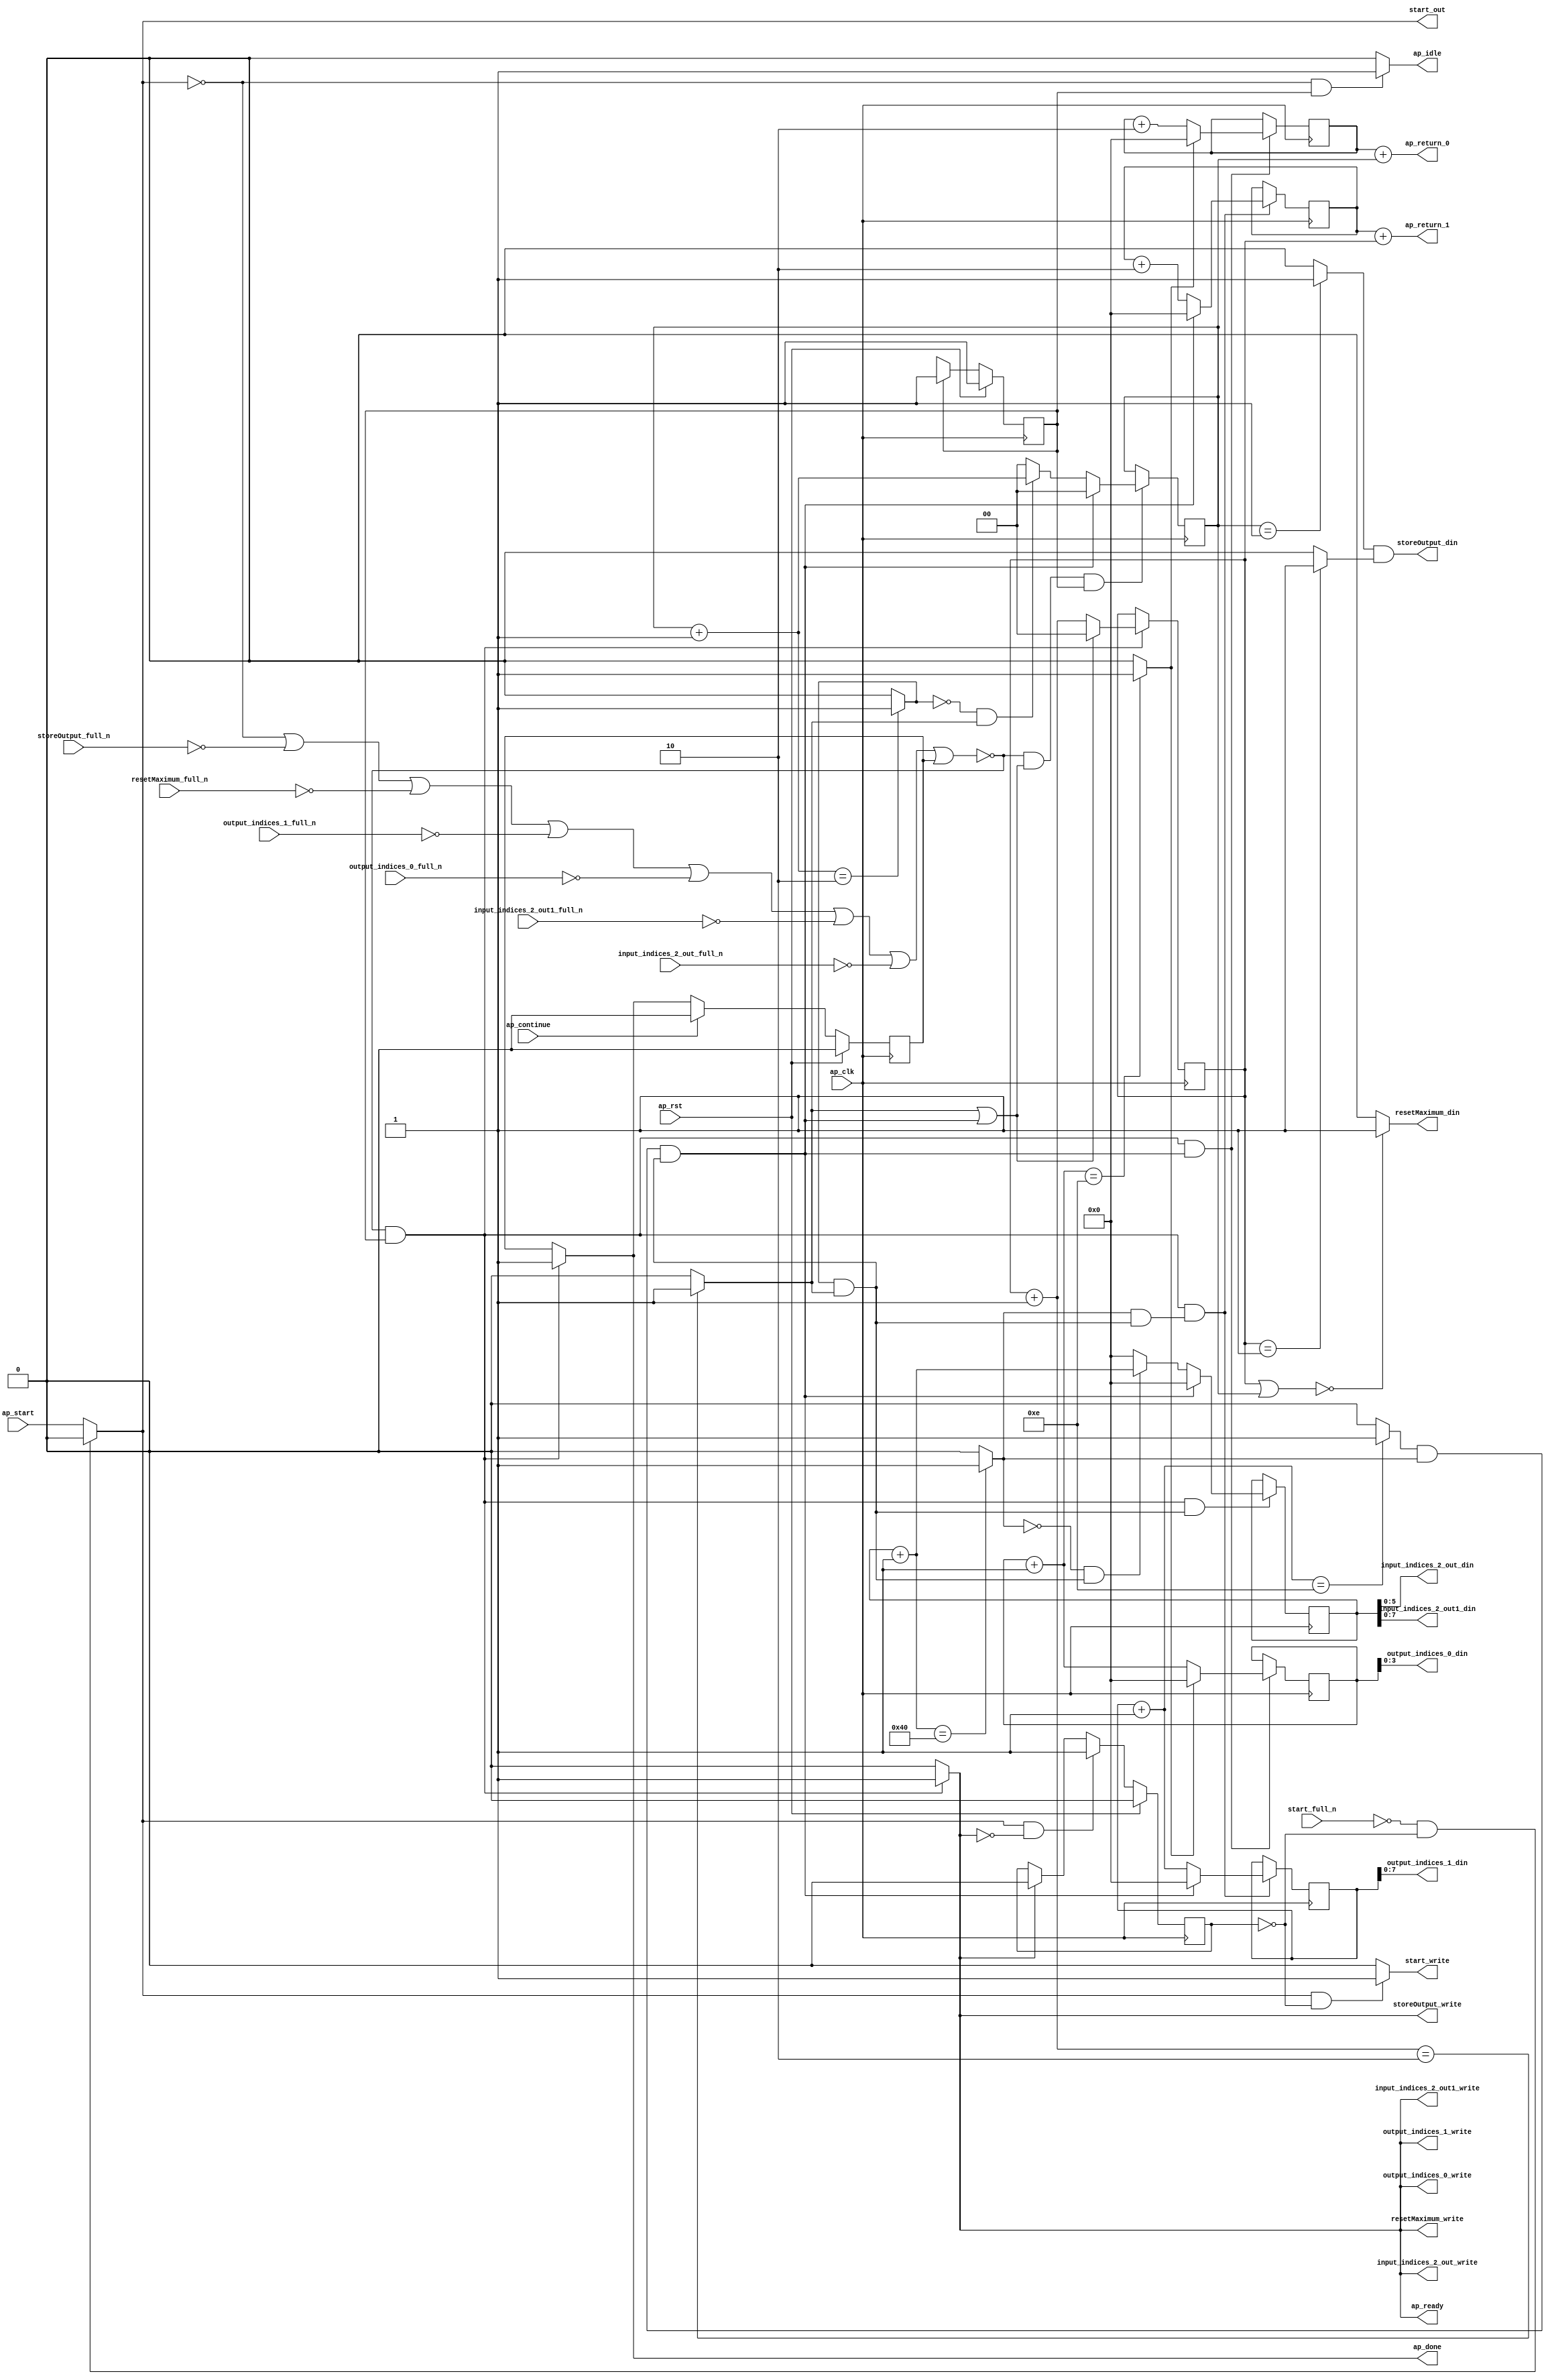
`define EXPONENT 5
`define MANTISSA 10
`define ACTUAL_MANTISSA 11
`define EXPONENT_LSB 10
`define EXPONENT_MSB 14
`define MANTISSA_LSB 0
`define MANTISSA_MSB 9
`define MANTISSA_MUL_SPLIT_LSB 3
`define MANTISSA_MUL_SPLIT_MSB 9
`define SIGN 1
`define SIGN_LOC 15
`define DWIDTH (`SIGN+`EXPONENT+`MANTISSA)
`define IEEE_COMPLIANCE 1

module td_fused_top_tdf8_get_next_ijk (
        ap_clk,
        ap_rst,
        ap_start,
        start_full_n,
        ap_done,
        ap_continue,
        ap_idle,
        ap_ready,
        start_out,
        start_write,
        input_indices_2_out_din,
        input_indices_2_out_full_n,
        input_indices_2_out_write,
        input_indices_2_out1_din,
        input_indices_2_out1_full_n,
        input_indices_2_out1_write,
        output_indices_0_din,
        output_indices_0_full_n,
        output_indices_0_write,
        output_indices_1_din,
        output_indices_1_full_n,
        output_indices_1_write,
        resetMaximum_din,
        resetMaximum_full_n,
        resetMaximum_write,
        storeOutput_din,
        storeOutput_full_n,
        storeOutput_write,
        ap_return_0,
        ap_return_1
);

parameter    ap_ST_fsm_state1 = 1'd1;

input   ap_clk;
input   ap_rst;
input   ap_start;
input   start_full_n;
output   ap_done;
input   ap_continue;
output   ap_idle;
output   ap_ready;
output   start_out;
output   start_write;
output  [5:0] input_indices_2_out_din;
input   input_indices_2_out_full_n;
output   input_indices_2_out_write;
output  [7:0] input_indices_2_out1_din;
input   input_indices_2_out1_full_n;
output   input_indices_2_out1_write;
output  [3:0] output_indices_0_din;
input   output_indices_0_full_n;
output   output_indices_0_write;
output  [7:0] output_indices_1_din;
input   output_indices_1_full_n;
output   output_indices_1_write;
output   resetMaximum_din;
input   resetMaximum_full_n;
output   resetMaximum_write;
output   storeOutput_din;
input   storeOutput_full_n;
output   storeOutput_write;
output  [15:0] ap_return_0;
output  [15:0] ap_return_1;

reg ap_done;
reg ap_idle;
reg start_write;
reg input_indices_2_out_write;
reg input_indices_2_out1_write;
reg output_indices_0_write;
reg output_indices_1_write;
reg resetMaximum_write;
reg storeOutput_write;

reg    real_start;
reg    start_once_reg;
reg    ap_done_reg;
  reg   [0:0] ap_CS_fsm;
wire    ap_CS_fsm_state1;
reg    internal_ap_ready;
reg   [1:0] i_p;
reg   [1:0] j_p;
reg   [15:0] i_8;
reg   [15:0] j_8;
reg   [15:0] k_8;
reg   [15:0] i_out;
reg   [15:0] j_out;
reg    input_indices_2_out_blk_n;
reg    input_indices_2_out1_blk_n;
reg    output_indices_0_blk_n;
reg    output_indices_1_blk_n;
reg    resetMaximum_blk_n;
reg    storeOutput_blk_n;
wire   [1:0] select_ln142_fu_342_p3;
reg    ap_block_state1;
wire   [0:0] or_ln142_fu_316_p2;
wire   [1:0] select_ln142_1_fu_350_p3;
wire   [15:0] select_ln147_fu_282_p3;
wire   [0:0] and_ln142_1_fu_310_p2;
wire   [15:0] select_ln142_2_fu_364_p3;
wire   [0:0] and_ln132_fu_358_p2;
wire   [15:0] select_ln142_3_fu_392_p3;
wire   [0:0] and_ln135_fu_298_p2;
wire   [15:0] select_ln147_1_fu_290_p3;
wire   [15:0] select_ln142_4_fu_400_p3;
wire   [1:0] or_ln124_fu_126_p2;
wire   [0:0] icmp_ln125_fu_139_p2;
wire   [0:0] icmp_ln125_1_fu_145_p2;
wire   [15:0] zext_ln126_fu_114_p1;
wire   [15:0] zext_ln127_fu_122_p1;
wire   [1:0] add_ln131_fu_210_p2;
wire   [1:0] add_ln134_fu_222_p2;
wire   [15:0] add_ln137_fu_234_p2;
wire   [15:0] add_ln141_fu_252_p2;
wire   [15:0] add_ln146_fu_270_p2;
wire   [0:0] icmp_ln147_fu_276_p2;
wire   [15:0] add_ln145_fu_264_p2;
wire   [0:0] icmp_ln132_fu_216_p2;
wire   [0:0] icmp_ln135_fu_228_p2;
wire   [0:0] icmp_ln138_fu_240_p2;
wire   [0:0] icmp_ln142_fu_258_p2;
wire   [0:0] and_ln142_fu_304_p2;
wire   [0:0] xor_ln135_fu_322_p2;
wire   [0:0] and_ln135_1_fu_328_p2;
wire   [1:0] select_ln135_fu_334_p3;
wire   [15:0] add_ln140_fu_246_p2;
wire   [0:0] xor_ln138_fu_372_p2;
wire   [0:0] and_ln138_fu_378_p2;
wire   [15:0] select_ln138_fu_384_p3;
wire   [15:0] add_ln126_fu_162_p2;
wire   [15:0] add_ln127_fu_172_p2;
reg   [0:0] ap_NS_fsm;
wire    ap_ce_reg;

// power-on initialization
initial begin
#0 start_once_reg = 1'b0;
#0 ap_done_reg = 1'b0;
#0 ap_CS_fsm = 1'd1;
#0 i_p = 2'd0;
#0 j_p = 2'd0;
#0 i_8 = 16'd0;
#0 j_8 = 16'd0;
#0 k_8 = 16'd0;
#0 i_out = 16'd0;
#0 j_out = 16'd0;
end

always @ (posedge ap_clk) begin
    if (ap_rst == 1'b1) begin
        ap_CS_fsm <= ap_ST_fsm_state1;
    end else begin
        ap_CS_fsm <= ap_NS_fsm;
    end
end

always @ (posedge ap_clk) begin
    if (ap_rst == 1'b1) begin
        ap_done_reg <= 1'b0;
    end else begin
        if ((ap_continue == 1'b1)) begin
            ap_done_reg <= 1'b0;
        end else if ((~((real_start == 1'b0) | (storeOutput_full_n == 1'b0) | (resetMaximum_full_n == 1'b0) | (output_indices_1_full_n == 1'b0) | (output_indices_0_full_n == 1'b0) | (input_indices_2_out1_full_n == 1'b0) | (input_indices_2_out_full_n == 1'b0) | (ap_done_reg == 1'b1)) & (1'b1 == ap_CS_fsm_state1))) begin
            ap_done_reg <= 1'b1;
        end
    end
end

always @ (posedge ap_clk) begin
    if (ap_rst == 1'b1) begin
        start_once_reg <= 1'b0;
    end else begin
        if (((real_start == 1'b1) & (internal_ap_ready == 1'b0))) begin
            start_once_reg <= 1'b1;
        end else if ((internal_ap_ready == 1'b1)) begin
            start_once_reg <= 1'b0;
        end
    end
end

always @ (posedge ap_clk) begin
    if ((~((real_start == 1'b0) | (storeOutput_full_n == 1'b0) | (resetMaximum_full_n == 1'b0) | (output_indices_1_full_n == 1'b0) | (output_indices_0_full_n == 1'b0) | (input_indices_2_out1_full_n == 1'b0) | (input_indices_2_out_full_n == 1'b0) | (ap_done_reg == 1'b1)) & (1'b1 == ap_CS_fsm_state1) & (1'd1 == and_ln142_1_fu_310_p2))) begin
        i_8 <= select_ln147_fu_282_p3;
        i_out <= select_ln147_1_fu_290_p3;
    end
end

always @ (posedge ap_clk) begin
    if ((~((real_start == 1'b0) | (storeOutput_full_n == 1'b0) | (resetMaximum_full_n == 1'b0) | (output_indices_1_full_n == 1'b0) | (output_indices_0_full_n == 1'b0) | (input_indices_2_out1_full_n == 1'b0) | (input_indices_2_out_full_n == 1'b0) | (ap_done_reg == 1'b1)) & (or_ln142_fu_316_p2 == 1'd1) & (1'b1 == ap_CS_fsm_state1))) begin
        i_p <= select_ln142_fu_342_p3;
    end
end

always @ (posedge ap_clk) begin
    if ((~((real_start == 1'b0) | (storeOutput_full_n == 1'b0) | (resetMaximum_full_n == 1'b0) | (output_indices_1_full_n == 1'b0) | (output_indices_0_full_n == 1'b0) | (input_indices_2_out1_full_n == 1'b0) | (input_indices_2_out_full_n == 1'b0) | (ap_done_reg == 1'b1)) & (1'b1 == ap_CS_fsm_state1) & (1'd1 == and_ln132_fu_358_p2))) begin
        j_8 <= select_ln142_2_fu_364_p3;
        j_out <= select_ln142_4_fu_400_p3;
    end
end

always @ (posedge ap_clk) begin
    if ((~((real_start == 1'b0) | (storeOutput_full_n == 1'b0) | (resetMaximum_full_n == 1'b0) | (output_indices_1_full_n == 1'b0) | (output_indices_0_full_n == 1'b0) | (input_indices_2_out1_full_n == 1'b0) | (input_indices_2_out_full_n == 1'b0) | (ap_done_reg == 1'b1)) & (1'b1 == ap_CS_fsm_state1))) begin
        j_p <= select_ln142_1_fu_350_p3;
    end
end

always @ (posedge ap_clk) begin
    if ((~((real_start == 1'b0) | (storeOutput_full_n == 1'b0) | (resetMaximum_full_n == 1'b0) | (output_indices_1_full_n == 1'b0) | (output_indices_0_full_n == 1'b0) | (input_indices_2_out1_full_n == 1'b0) | (input_indices_2_out_full_n == 1'b0) | (ap_done_reg == 1'b1)) & (1'b1 == ap_CS_fsm_state1) & (1'd1 == and_ln135_fu_298_p2))) begin
        k_8 <= select_ln142_3_fu_392_p3;
    end
end

always @ (*) begin
    if ((~((real_start == 1'b0) | (storeOutput_full_n == 1'b0) | (resetMaximum_full_n == 1'b0) | (output_indices_1_full_n == 1'b0) | (output_indices_0_full_n == 1'b0) | (input_indices_2_out1_full_n == 1'b0) | (input_indices_2_out_full_n == 1'b0) | (ap_done_reg == 1'b1)) & (1'b1 == ap_CS_fsm_state1))) begin
        ap_done = 1'b1;
    end else begin
        ap_done = ap_done_reg;
    end
end

always @ (*) begin
    if (((real_start == 1'b0) & (1'b1 == ap_CS_fsm_state1))) begin
        ap_idle = 1'b1;
    end else begin
        ap_idle = 1'b0;
    end
end

always @ (*) begin
    if ((~((real_start == 1'b0) | (ap_done_reg == 1'b1)) & (1'b1 == ap_CS_fsm_state1))) begin
        input_indices_2_out1_blk_n = input_indices_2_out1_full_n;
    end else begin
        input_indices_2_out1_blk_n = 1'b1;
    end
end

always @ (*) begin
    if ((~((real_start == 1'b0) | (storeOutput_full_n == 1'b0) | (resetMaximum_full_n == 1'b0) | (output_indices_1_full_n == 1'b0) | (output_indices_0_full_n == 1'b0) | (input_indices_2_out1_full_n == 1'b0) | (input_indices_2_out_full_n == 1'b0) | (ap_done_reg == 1'b1)) & (1'b1 == ap_CS_fsm_state1))) begin
        input_indices_2_out1_write = 1'b1;
    end else begin
        input_indices_2_out1_write = 1'b0;
    end
end

always @ (*) begin
    if ((~((real_start == 1'b0) | (ap_done_reg == 1'b1)) & (1'b1 == ap_CS_fsm_state1))) begin
        input_indices_2_out_blk_n = input_indices_2_out_full_n;
    end else begin
        input_indices_2_out_blk_n = 1'b1;
    end
end

always @ (*) begin
    if ((~((real_start == 1'b0) | (storeOutput_full_n == 1'b0) | (resetMaximum_full_n == 1'b0) | (output_indices_1_full_n == 1'b0) | (output_indices_0_full_n == 1'b0) | (input_indices_2_out1_full_n == 1'b0) | (input_indices_2_out_full_n == 1'b0) | (ap_done_reg == 1'b1)) & (1'b1 == ap_CS_fsm_state1))) begin
        input_indices_2_out_write = 1'b1;
    end else begin
        input_indices_2_out_write = 1'b0;
    end
end

always @ (*) begin
    if ((~((real_start == 1'b0) | (storeOutput_full_n == 1'b0) | (resetMaximum_full_n == 1'b0) | (output_indices_1_full_n == 1'b0) | (output_indices_0_full_n == 1'b0) | (input_indices_2_out1_full_n == 1'b0) | (input_indices_2_out_full_n == 1'b0) | (ap_done_reg == 1'b1)) & (1'b1 == ap_CS_fsm_state1))) begin
        internal_ap_ready = 1'b1;
    end else begin
        internal_ap_ready = 1'b0;
    end
end

always @ (*) begin
    if ((~((real_start == 1'b0) | (ap_done_reg == 1'b1)) & (1'b1 == ap_CS_fsm_state1))) begin
        output_indices_0_blk_n = output_indices_0_full_n;
    end else begin
        output_indices_0_blk_n = 1'b1;
    end
end

always @ (*) begin
    if ((~((real_start == 1'b0) | (storeOutput_full_n == 1'b0) | (resetMaximum_full_n == 1'b0) | (output_indices_1_full_n == 1'b0) | (output_indices_0_full_n == 1'b0) | (input_indices_2_out1_full_n == 1'b0) | (input_indices_2_out_full_n == 1'b0) | (ap_done_reg == 1'b1)) & (1'b1 == ap_CS_fsm_state1))) begin
        output_indices_0_write = 1'b1;
    end else begin
        output_indices_0_write = 1'b0;
    end
end

always @ (*) begin
    if ((~((real_start == 1'b0) | (ap_done_reg == 1'b1)) & (1'b1 == ap_CS_fsm_state1))) begin
        output_indices_1_blk_n = output_indices_1_full_n;
    end else begin
        output_indices_1_blk_n = 1'b1;
    end
end

always @ (*) begin
    if ((~((real_start == 1'b0) | (storeOutput_full_n == 1'b0) | (resetMaximum_full_n == 1'b0) | (output_indices_1_full_n == 1'b0) | (output_indices_0_full_n == 1'b0) | (input_indices_2_out1_full_n == 1'b0) | (input_indices_2_out_full_n == 1'b0) | (ap_done_reg == 1'b1)) & (1'b1 == ap_CS_fsm_state1))) begin
        output_indices_1_write = 1'b1;
    end else begin
        output_indices_1_write = 1'b0;
    end
end

always @ (*) begin
    if (((start_full_n == 1'b0) & (start_once_reg == 1'b0))) begin
        real_start = 1'b0;
    end else begin
        real_start = ap_start;
    end
end

always @ (*) begin
    if ((~((real_start == 1'b0) | (ap_done_reg == 1'b1)) & (1'b1 == ap_CS_fsm_state1))) begin
        resetMaximum_blk_n = resetMaximum_full_n;
    end else begin
        resetMaximum_blk_n = 1'b1;
    end
end

always @ (*) begin
    if ((~((real_start == 1'b0) | (storeOutput_full_n == 1'b0) | (resetMaximum_full_n == 1'b0) | (output_indices_1_full_n == 1'b0) | (output_indices_0_full_n == 1'b0) | (input_indices_2_out1_full_n == 1'b0) | (input_indices_2_out_full_n == 1'b0) | (ap_done_reg == 1'b1)) & (1'b1 == ap_CS_fsm_state1))) begin
        resetMaximum_write = 1'b1;
    end else begin
        resetMaximum_write = 1'b0;
    end
end

always @ (*) begin
    if (((real_start == 1'b1) & (start_once_reg == 1'b0))) begin
        start_write = 1'b1;
    end else begin
        start_write = 1'b0;
    end
end

always @ (*) begin
    if ((~((real_start == 1'b0) | (ap_done_reg == 1'b1)) & (1'b1 == ap_CS_fsm_state1))) begin
        storeOutput_blk_n = storeOutput_full_n;
    end else begin
        storeOutput_blk_n = 1'b1;
    end
end

always @ (*) begin
    if ((~((real_start == 1'b0) | (storeOutput_full_n == 1'b0) | (resetMaximum_full_n == 1'b0) | (output_indices_1_full_n == 1'b0) | (output_indices_0_full_n == 1'b0) | (input_indices_2_out1_full_n == 1'b0) | (input_indices_2_out_full_n == 1'b0) | (ap_done_reg == 1'b1)) & (1'b1 == ap_CS_fsm_state1))) begin
        storeOutput_write = 1'b1;
    end else begin
        storeOutput_write = 1'b0;
    end
end

always @ (*) begin
    case (ap_CS_fsm)
        ap_ST_fsm_state1 : begin
            ap_NS_fsm = ap_ST_fsm_state1;
        end
        default : begin
            ap_NS_fsm = 'bx;
        end
    endcase
end

assign add_ln126_fu_162_p2 = (i_8 + zext_ln126_fu_114_p1);

assign add_ln127_fu_172_p2 = (j_8 + zext_ln127_fu_122_p1);

assign add_ln131_fu_210_p2 = (j_p + 2'd1);

assign add_ln134_fu_222_p2 = (i_p + 2'd1);

assign add_ln137_fu_234_p2 = (k_8 + 16'd1);

assign add_ln140_fu_246_p2 = (j_8 + 16'd2);

assign add_ln141_fu_252_p2 = (j_out + 16'd1);

assign add_ln145_fu_264_p2 = (i_8 + 16'd2);

assign add_ln146_fu_270_p2 = (i_out + 16'd1);

assign and_ln132_fu_358_p2 = (icmp_ln138_fu_240_p2 & and_ln135_fu_298_p2);

assign and_ln135_1_fu_328_p2 = (xor_ln135_fu_322_p2 & icmp_ln132_fu_216_p2);

assign and_ln135_fu_298_p2 = (icmp_ln135_fu_228_p2 & icmp_ln132_fu_216_p2);

assign and_ln138_fu_378_p2 = (xor_ln138_fu_372_p2 & and_ln135_fu_298_p2);

assign and_ln142_1_fu_310_p2 = (and_ln142_fu_304_p2 & and_ln135_fu_298_p2);

assign and_ln142_fu_304_p2 = (icmp_ln142_fu_258_p2 & icmp_ln138_fu_240_p2);

assign ap_CS_fsm_state1 = ap_CS_fsm[32'd0];

always @ (*) begin
    ap_block_state1 = ((real_start == 1'b0) | (storeOutput_full_n == 1'b0) | (resetMaximum_full_n == 1'b0) | (output_indices_1_full_n == 1'b0) | (output_indices_0_full_n == 1'b0) | (input_indices_2_out1_full_n == 1'b0) | (input_indices_2_out_full_n == 1'b0) | (ap_done_reg == 1'b1));
end

assign ap_ready = internal_ap_ready;

assign ap_return_0 = add_ln126_fu_162_p2;

assign ap_return_1 = add_ln127_fu_172_p2;

assign icmp_ln125_1_fu_145_p2 = ((j_p == 2'd1) ? 1'b1 : 1'b0);

assign icmp_ln125_fu_139_p2 = ((i_p == 2'd1) ? 1'b1 : 1'b0);

assign icmp_ln132_fu_216_p2 = ((add_ln131_fu_210_p2 == 2'd2) ? 1'b1 : 1'b0);

assign icmp_ln135_fu_228_p2 = ((add_ln134_fu_222_p2 == 2'd2) ? 1'b1 : 1'b0);

assign icmp_ln138_fu_240_p2 = ((add_ln137_fu_234_p2 == 16'd64) ? 1'b1 : 1'b0);

assign icmp_ln142_fu_258_p2 = ((add_ln141_fu_252_p2 == 16'd14) ? 1'b1 : 1'b0);

assign icmp_ln147_fu_276_p2 = ((add_ln146_fu_270_p2 == 16'd14) ? 1'b1 : 1'b0);

assign input_indices_2_out1_din = k_8[7:0];

assign input_indices_2_out_din = k_8[5:0];

assign or_ln124_fu_126_p2 = (j_p | i_p);

assign or_ln142_fu_316_p2 = (icmp_ln132_fu_216_p2 | and_ln142_1_fu_310_p2);

assign output_indices_0_din = i_out[3:0];

assign output_indices_1_din = j_out[7:0];

assign resetMaximum_din = ((or_ln124_fu_126_p2 == 2'd0) ? 1'b1 : 1'b0);

assign select_ln135_fu_334_p3 = ((and_ln135_1_fu_328_p2[0:0] == 1'b1) ? add_ln134_fu_222_p2 : 2'd0);

assign select_ln138_fu_384_p3 = ((and_ln138_fu_378_p2[0:0] == 1'b1) ? add_ln137_fu_234_p2 : 16'd0);

assign select_ln142_1_fu_350_p3 = ((or_ln142_fu_316_p2[0:0] == 1'b1) ? 2'd0 : add_ln131_fu_210_p2);

assign select_ln142_2_fu_364_p3 = ((and_ln142_1_fu_310_p2[0:0] == 1'b1) ? 16'd0 : add_ln140_fu_246_p2);

assign select_ln142_3_fu_392_p3 = ((and_ln142_1_fu_310_p2[0:0] == 1'b1) ? 16'd0 : select_ln138_fu_384_p3);

assign select_ln142_4_fu_400_p3 = ((and_ln142_1_fu_310_p2[0:0] == 1'b1) ? 16'd0 : add_ln141_fu_252_p2);

assign select_ln142_fu_342_p3 = ((and_ln142_1_fu_310_p2[0:0] == 1'b1) ? 2'd0 : select_ln135_fu_334_p3);

assign select_ln147_1_fu_290_p3 = ((icmp_ln147_fu_276_p2[0:0] == 1'b1) ? 16'd0 : add_ln146_fu_270_p2);

assign select_ln147_fu_282_p3 = ((icmp_ln147_fu_276_p2[0:0] == 1'b1) ? 16'd0 : add_ln145_fu_264_p2);

assign start_out = real_start;

assign storeOutput_din = (icmp_ln125_fu_139_p2 & icmp_ln125_1_fu_145_p2);

assign xor_ln135_fu_322_p2 = (icmp_ln135_fu_228_p2 ^ 1'd1);

assign xor_ln138_fu_372_p2 = (icmp_ln138_fu_240_p2 ^ 1'd1);

assign zext_ln126_fu_114_p1 = i_p;

assign zext_ln127_fu_122_p1 = j_p;

endmodule //td_fused_top_tdf8_get_next_ijk